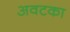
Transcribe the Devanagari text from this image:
अवटका